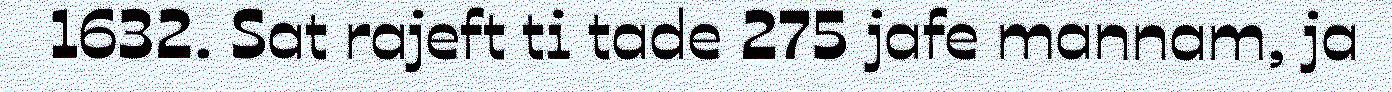
1632. Sat rajeft ti tade 275 jafe mannam, ja